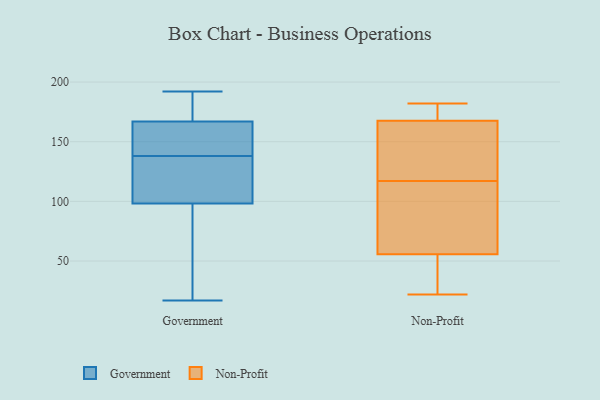
{"axis": {"x": "Bounce Rate (%)", "y": "Value"}, "legend": ["Government", "Non-Profit"], "data": [{"x": "", "y": 84, "type": "Government"}, {"x": "", "y": 103, "type": "Government"}, {"x": "", "y": 180, "type": "Government"}, {"x": "", "y": 157, "type": "Government"}, {"x": "", "y": 105, "type": "Government"}, {"x": "", "y": 170, "type": "Government"}, {"x": "", "y": 20, "type": "Government"}, {"x": "", "y": 109, "type": "Government"}, {"x": "", "y": 21, "type": "Government"}, {"x": "", "y": 138, "type": "Government"}, {"x": "", "y": 17, "type": "Government"}, {"x": "", "y": 119, "type": "Government"}, {"x": "", "y": 166, "type": "Government"}, {"x": "", "y": 141, "type": "Government"}, {"x": "", "y": 192, "type": "Government"}, {"x": "", "y": 183, "type": "Government"}, {"x": "", "y": 150, "type": "Government"}, {"x": "", "y": 87, "type": "Non-Profit"}, {"x": "", "y": 117, "type": "Non-Profit"}, {"x": "", "y": 58, "type": "Non-Profit"}, {"x": "", "y": 170, "type": "Non-Profit"}, {"x": "", "y": 55, "type": "Non-Profit"}, {"x": "", "y": 131, "type": "Non-Profit"}, {"x": "", "y": 182, "type": "Non-Profit"}, {"x": "", "y": 22, "type": "Non-Profit"}, {"x": "", "y": 182, "type": "Non-Profit"}, {"x": "", "y": 160, "type": "Non-Profit"}, {"x": "", "y": 22, "type": "Non-Profit"}]}